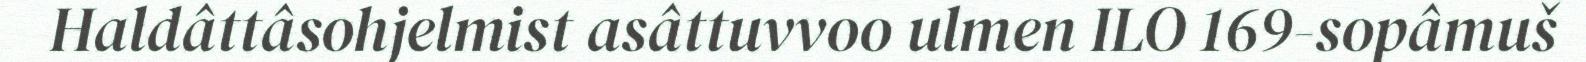
Haldâttâsohjelmist asâttuvvoo ulmen ILO 169-sopâmuš